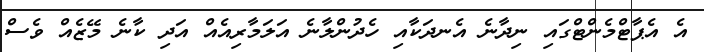
އެ އެޕާޓްމެންޓްގައި ނިދާނެ އެނދަކާއި ހެދުންލާނެ އަލަމާރިއެއް އަދި ކާނެ މޭޒެއް ވެސް